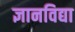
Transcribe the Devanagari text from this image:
ज्ञानविद्या